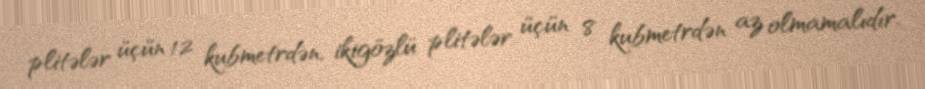
plitələr üçün 12 kubmetrdən, ikigözlü plitələr üçün 8 kubmetrdən az olmamalıdır.